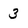
Character: 3